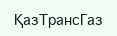
ҚазТрансГаз